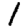
Digit: 1